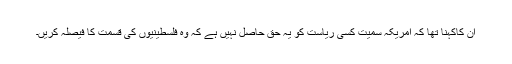
ان کاکہنا تھا کہ امریکہ سمیت کسی ریاست کو یہ حق حاصل نہیں ہے کہ وہ فلسطینیوں کی قسمت کا فیصلہ کریں۔